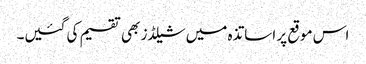
اس موقع پر اساتذہ میں شیلڈز بھی تقسیم کی گئیں۔